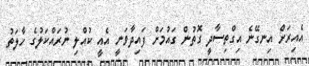
އެއިރަށް އިނގޭނެ އިގްތިސާދީ ގޮތުން ގައުމަށް ފައިދާވަނީ އެއީ ކުއްލި ނުރައްކަލުގެ ހާލަތު